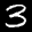
Label: 3